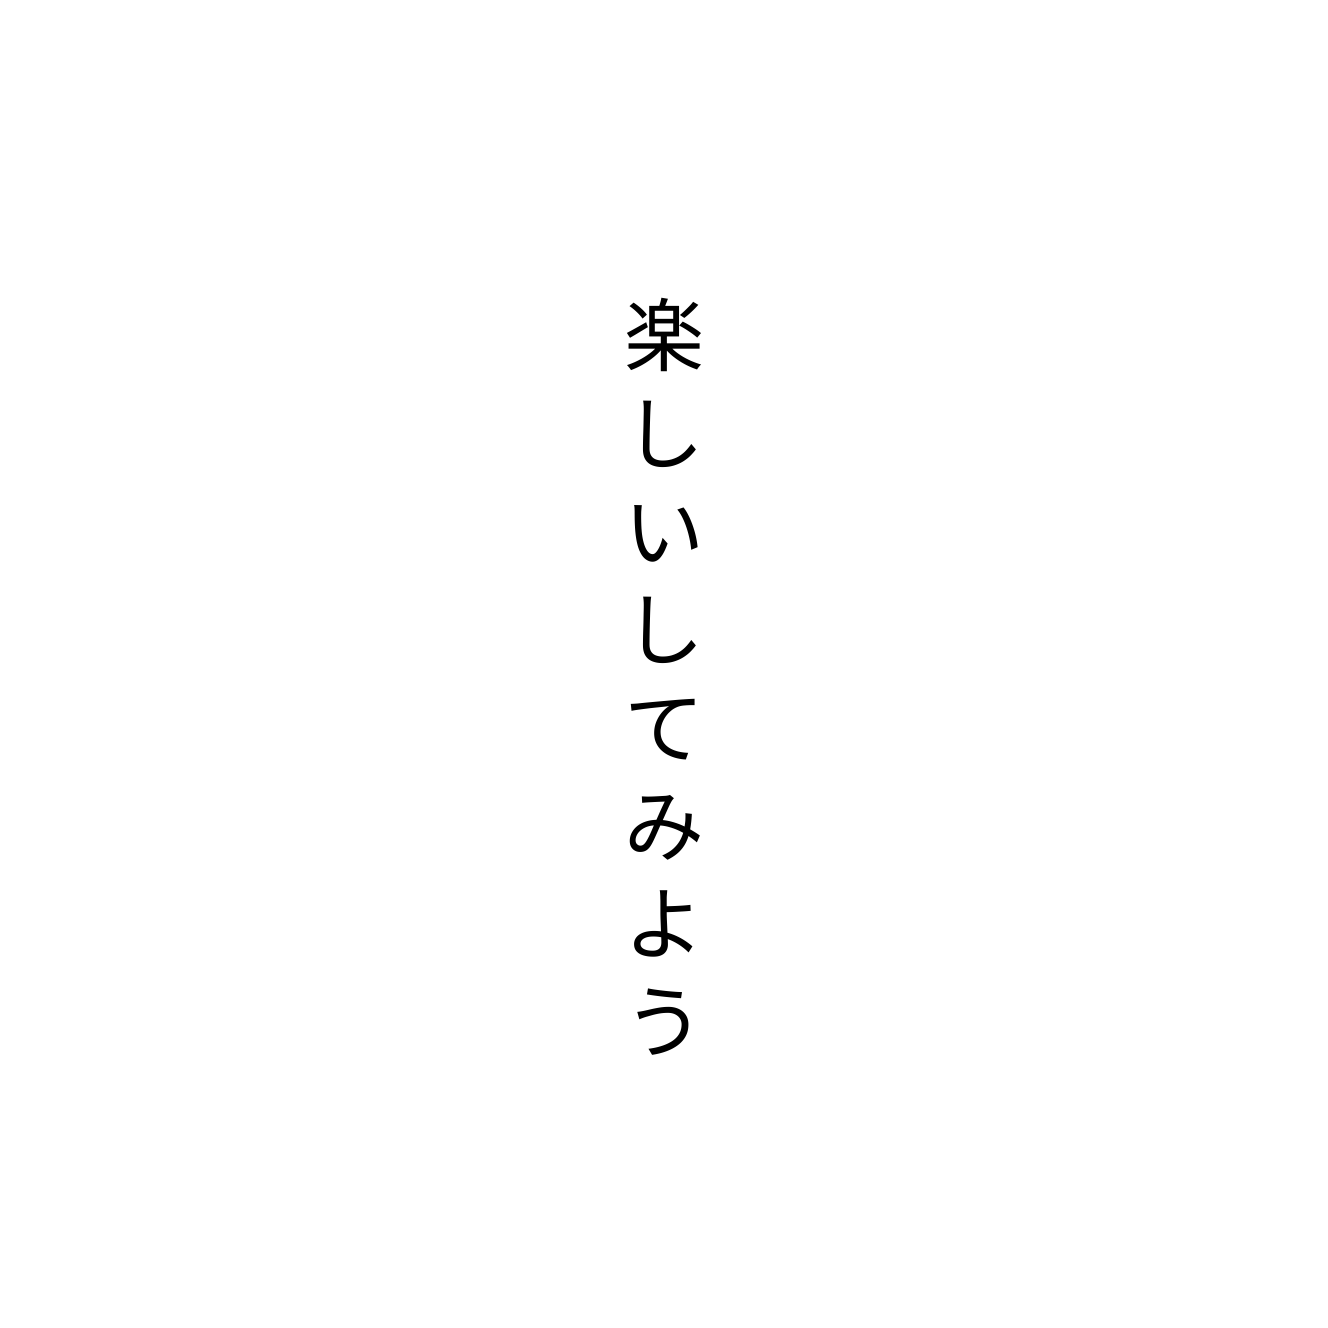
楽しいしてみよう